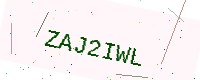
Text: ZAJ2IWL